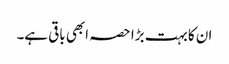
ان کا بہت بڑا حصہ ابھی باقی ہے۔